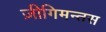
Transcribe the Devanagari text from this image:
ज़ीगिमन्तस